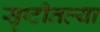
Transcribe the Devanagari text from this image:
सृष्टीतल्या